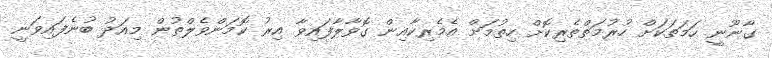
ގާނޫނީ ހަމަތަކަށް ހުރުމަތްތެރިކޮށް ހިތުމަށް އެމެރިކާއިން ގޮވާލާފައިވާ އިރު ކޮމަންވެލްތުން މިއަދު ބުނެފައިވަނީ